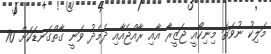
މަލިކު ނުވަތަ މިނިކޯއީ ޖަޒީރާ އާއި ރާއްޖެއާއި ދެމެދު ވަނީ ގާތްގަނޑަކަށް 70